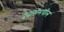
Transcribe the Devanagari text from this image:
देवासमधील